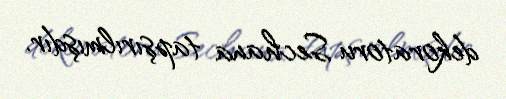
dekoratoru Sechana tapşırılmışdır.